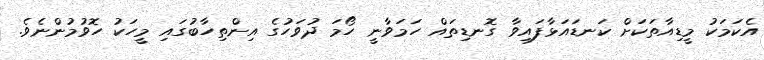
އެކަމަކު މީޑިއާތަކަށް ކަނޑައަޅާފައިވާ ގޮނޑިތައް ހަމަވާނީ ހޯމަ ދުވަހުގެ އިންތިހާބުގައި މީހަކު ހޮވުމުންނެވެ.